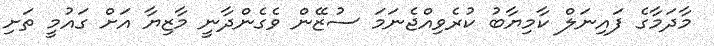
މާދަމާގެ ފައިނަލް ކާމިޔާބު ކުރެވިއްޖެނަމަ ސުޒޭން ވެގެންދާނީ މާޒިޔާ އަށް ގައުމީ ތަށި